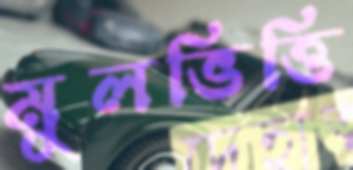
মুলভিত্তি